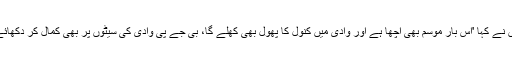
وادی میں رواں انتخابات کے دوران بی جے پی کی پوزیشن کے حوالے سے انہوں نے کہا 'اس بار موسم بھی اچھا ہے اور وادی میں کنول کا پھول بھی کھلے گا، بی جے پی وادی کی سیٹوں پر بھی کمال کر دکھائے گی اور چناؤ کے نتائج کے بعد یہ بڑی خبر ہوگی کہ وادی میں کنول کھلا ہے'۔